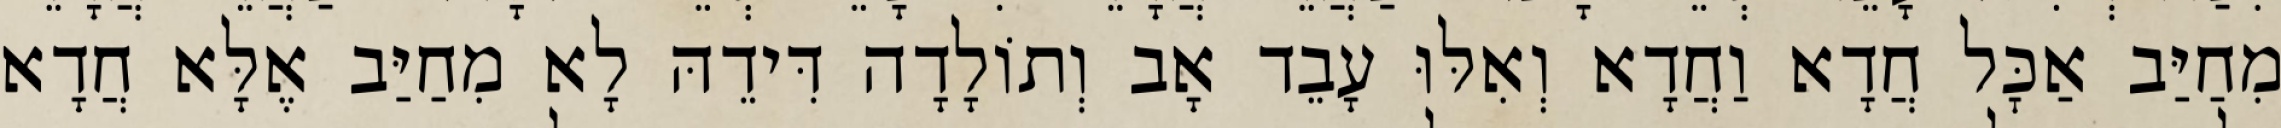
מִחַיַּב אַכׇּל חֲדָא וַחֲדָא וְאִלּוּ עָבֵד אָב וְתוֹלָדָה דִּידֵהּ לָא מִחַיַּב אֶלָּא חֲדָא